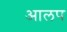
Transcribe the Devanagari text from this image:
आलप